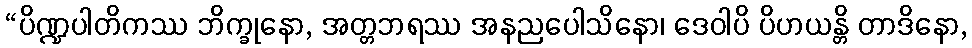
“ပိဏ္ဍပါတိကဿ ဘိက္ခုနော, အတ္တဘရဿ အနညပေါသိနော၊ ဒေဝါပိ ပိဟယန္တိ တာဒိနော,